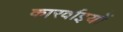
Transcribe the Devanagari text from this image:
कारर्वाइयों